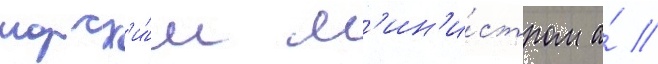
морск'и́м м'ин'и́стром а́ //